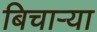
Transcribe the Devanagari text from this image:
बिचार्‍या